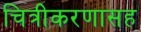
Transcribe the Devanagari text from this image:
चित्रीकरणासह